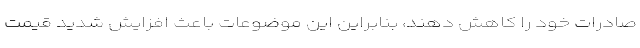
صادرات خود را کاهش دهند، بنابراین این موضوعات باعث افزایش شدید قیمت